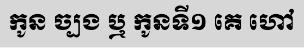
កូន ច្បង ឬ កូនទី១ គេ ហៅ